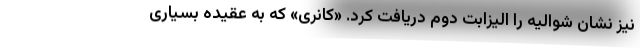
نیز نشان شوالیه را الیزابت دوم دریافت کرد. «کانری» که به عقیده بسیاری